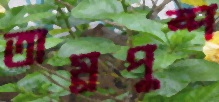
তাম্রপুষ্প